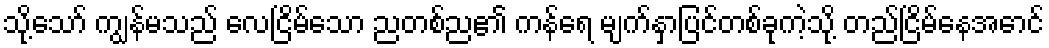
သို့သော် ကျွန်မသည် လေငြိမ်သော ညတစ်ည၏ ကန်ရေ မျက်နှာပြင်တစ်ခုကဲ့သို့ တည်ငြိမ်နေအောင်